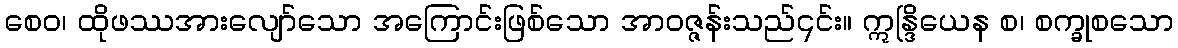
စေဝ၊ ထိုဖဿအားလျော်သော အကြောင်းဖြစ်သော အာဝဇ္ဇန်းသည်၎င်း။ ဣန္ဒြိယေန စ၊ စက္ခုစသော